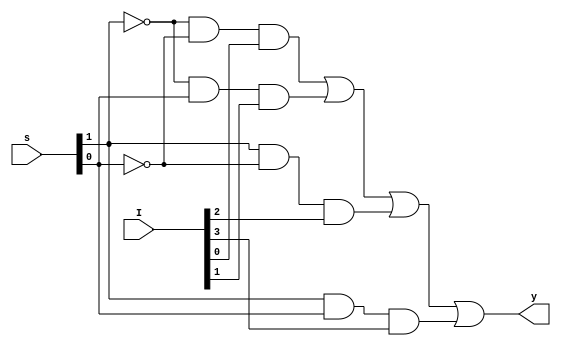
module secmux(I,s,y);
input [3:0] I;
input [1:0] s;
output y;
assign y= ((~s[1]&~s[0]&I[0]) | (~s[1]&s[0]&I[1]) |(s[1]&~s[0]&I[2]) |(s[1]&s[0]&I[3]));
endmodule


module secmux_tb();

reg [3:0] I;
reg [1:0] s;
wire y;
 secmux obj(I,s,y);
initial begin

I[0]=0;I[1]=1;I[2]=1;I[3]=0;s[1]=1;s[0]=0; #100;
end

endmodule